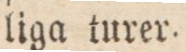
liga turer.